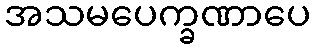
အသမပေက္ခဏာပေ